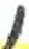
אות: ,